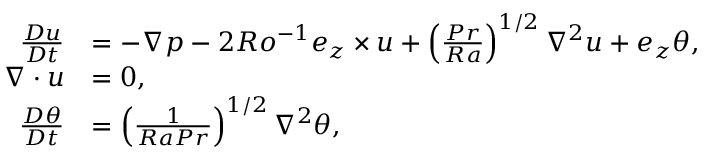
\begin{array} { r l } { \frac { D \boldsymbol { u } } { D t } } & { = - \nabla p - 2 R o ^ { - 1 } \boldsymbol { e } _ { z } \times \boldsymbol { u } + \left( \frac { P r } { R a } \right) ^ { 1 / 2 } \nabla ^ { 2 } \boldsymbol { u } + \boldsymbol { e } _ { z } \theta , } \\ { \nabla \cdot \boldsymbol { u } } & { = 0 , } \\ { \frac { D \theta } { D t } } & { = \left( \frac { 1 } { R a P r } \right) ^ { 1 / 2 } \nabla ^ { 2 } \theta , } \end{array}